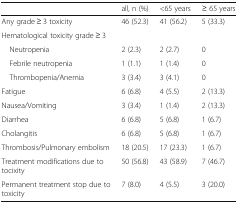
<table><thead><tr><td></td><td><b>all, n (%)</b></td><td><b>&lt;65 years</b></td><td><b>≥ 65 years</b></td></tr></thead><tbody><tr><td>Any grade ≥ 3 toxicity</td><td>46 (52.3)</td><td>41 (56.2)</td><td>5 (33.3)</td></tr><tr><td colspan="4">Hematological toxicity grade ≥ 3</td></tr><tr><td> Neutropenia</td><td>2 (2.3)</td><td>2 (2.7)</td><td>0</td></tr><tr><td> Febrile neutropenia</td><td>1 (1.1)</td><td>1 (1.4)</td><td>0</td></tr><tr><td> Thrombopenia/Anemia</td><td>3 (3.4)</td><td>3 (4.1)</td><td>0</td></tr><tr><td>Fatigue</td><td>6 (6.8)</td><td>4 (5.5)</td><td>2 (13.3)</td></tr><tr><td>Nausea/Vomiting</td><td>3 (3.4)</td><td>1 (1.4)</td><td>2 (13.3)</td></tr><tr><td>Diarrhea</td><td>6 (6.8)</td><td>5 (6.8)</td><td>1 (6.7)</td></tr><tr><td>Cholangitis</td><td>6 (6.8)</td><td>5 (6.8)</td><td>1 (6.7)</td></tr><tr><td>Thrombosis/Pulmonary embolism</td><td>18 (20.5)</td><td>17 (23.3)</td><td>1 (6.7)</td></tr><tr><td>Treatment modifications due to tocixity</td><td>50 (56.8)</td><td>43 (58.9)</td><td>7 (46.7)</td></tr><tr><td>Permanent treatment stop due to toxicity</td><td>7 (8.0)</td><td>4 (5.5)</td><td>3 (20.0)</td></tr></tbody></table>